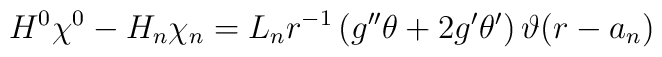
H^0\chi^0-H_n\chi_n= L_n r^{-1}\left(g^{\prime\prime}\theta+2g^\prime\theta^\prime\right)\vartheta(r-a_n)